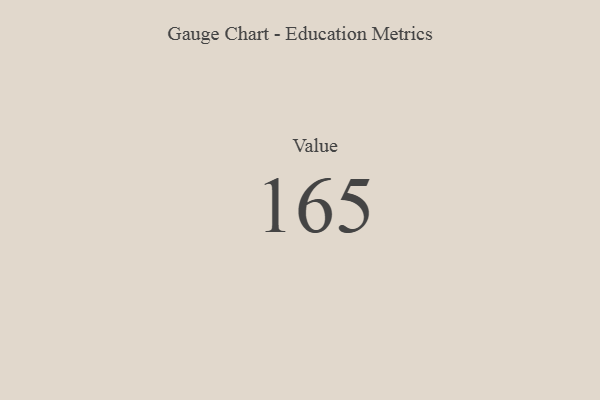
{"axis": {"x": "Metric", "y": "Value"}, "legend": [""], "data": [{"x": "Value", "y": 165, "type": ""}]}